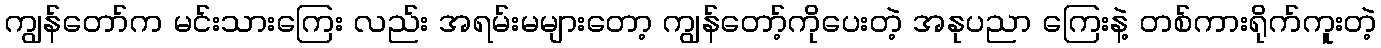
ကျွန်တော်က မင်းသားကြေး လည်း အရမ်းမများတော့ ကျွန်တော့်ကိုပေးတဲ့ အနုပညာ ကြေးနဲ့ တစ်ကားရိုက်ကူးတဲ့